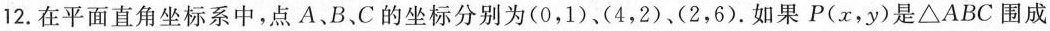
12.在平面直角坐标系中，点A、B、C的坐标分别为(0，1)、(4，2)、(2，6)。如果P(x，y)是△ABC围成